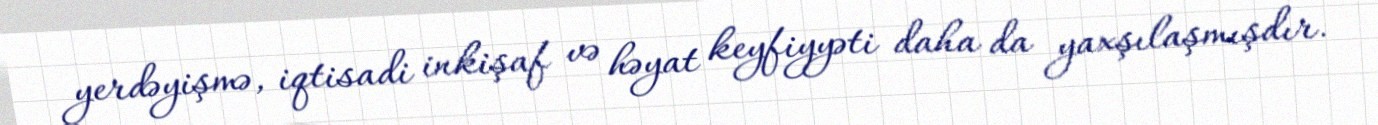
yerdəyişmə, iqtisadi inkişaf və həyat keyfiyyəti daha da yaxşılaşmışdır.